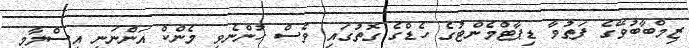
ޒިމްބާބުވޭގެ ފަތުވާ ޑިޕާޓްމެންޓުގެ ހެޑްގެ ގޮތުގައި ވެސް ހުންނެވި މެންކް އަންނަނީ އިސްލާމީ